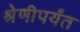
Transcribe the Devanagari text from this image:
श्रेणीपर्यंत